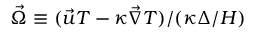
\vec { \Omega } \equiv ( \vec { u } T - \kappa \vec { \nabla } T ) / ( \kappa \Delta / H )